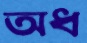
অধ